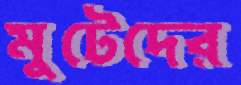
মুটেদের